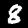
Label: 8